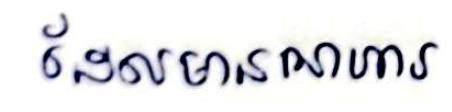
ដែលមានអាហារ